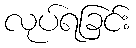
လုပ်ရခြင်း